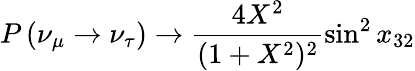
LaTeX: P\left(\nu_{\mu}\rightarrow\nu_{\tau}\right)\rightarrow\frac{4X^{2}}{(1+X^{2})^{2}}\sin^{2}x_{32}